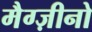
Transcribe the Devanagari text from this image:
मैग्ज़ीनो